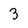
Character: 3